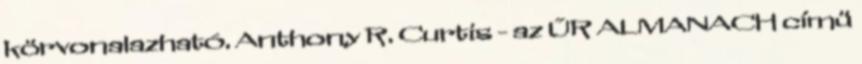
körvonalazható. Anthony R. Curtis - az ŰR ALMANACH címü